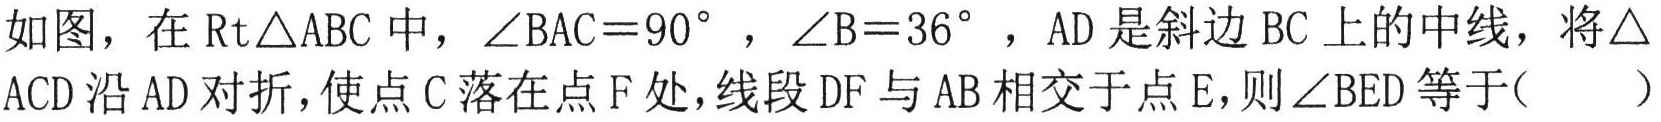
如图，在\(\text{Rt}\triangle ABC\)中，\(\angle BAC = 90^{\circ}\)，\(\angle B = 36^{\circ}\)，\(AD\)是斜边 \(BC\) 上的中线，将\(\triangle ACD\)沿 \(AD\) 对折，使点 \(C\) 落在点 \(F\) 处，线段 \(DF\) 与 \(AB\) 相交于点 \(E\)，则\(\angle BED\)等于（  ）